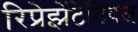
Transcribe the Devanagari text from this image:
रिप्रेझेंटेटिवज्